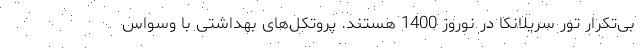
بی‌تکرار تور سریلانکا در نوروز 1400 هستند. پروتکل‌های بهداشتی با وسواس